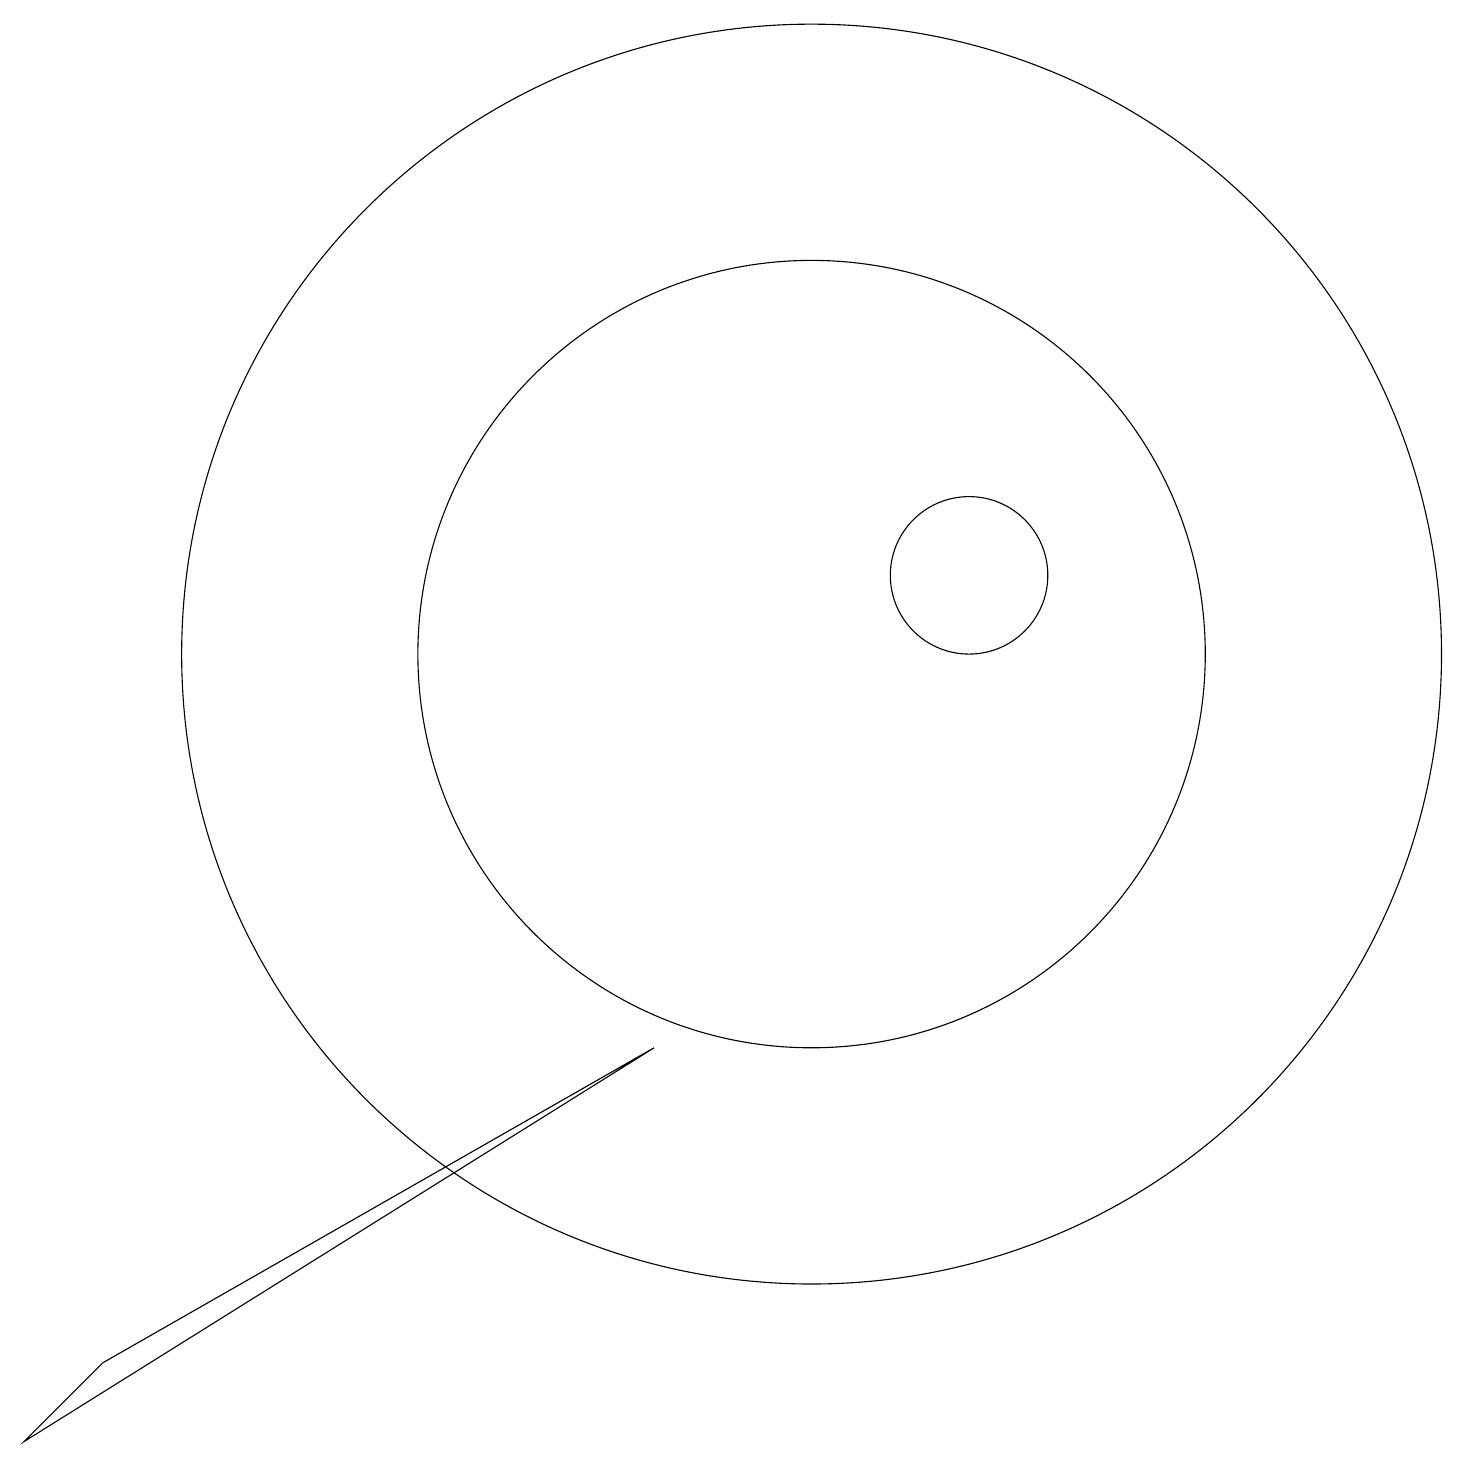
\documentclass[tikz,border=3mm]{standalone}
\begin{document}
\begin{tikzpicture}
\draw (10,10) circle (8);
\draw (12,11) circle (1);
\draw (10,10) circle (5);
\draw (1,1) -- (0,0) -- (8,5) -- cycle;
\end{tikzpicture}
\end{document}